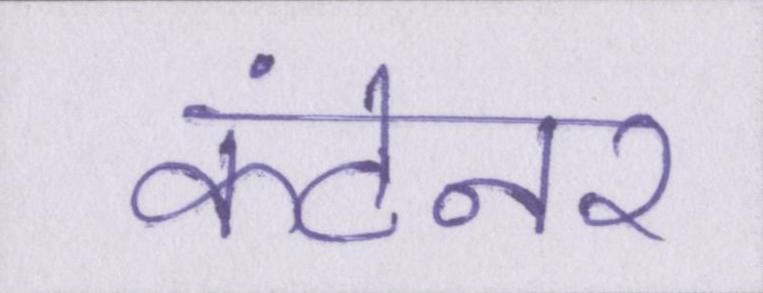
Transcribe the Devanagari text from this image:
कंटेनर